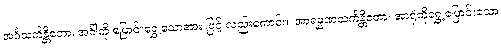
အင်္ဂသင်္ကန္တိတော၊ အင်္ဂါကို ပြောင်းရွှေ့သောအား ဖြင့် လည်းကောင်း။ အာရမ္မဏသင်္ကန္တိတော၊ အာရုံကိုရွှေ့ပြောင်းသော